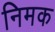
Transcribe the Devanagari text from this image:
निमक